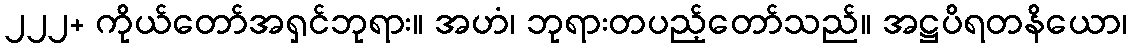
၂၂၂+ ကိုယ်တော်အရှင်ဘုရား။ အဟံ၊ ဘုရားတပည့်တော်သည်။ အဋ္ဌပိရတနိယော၊